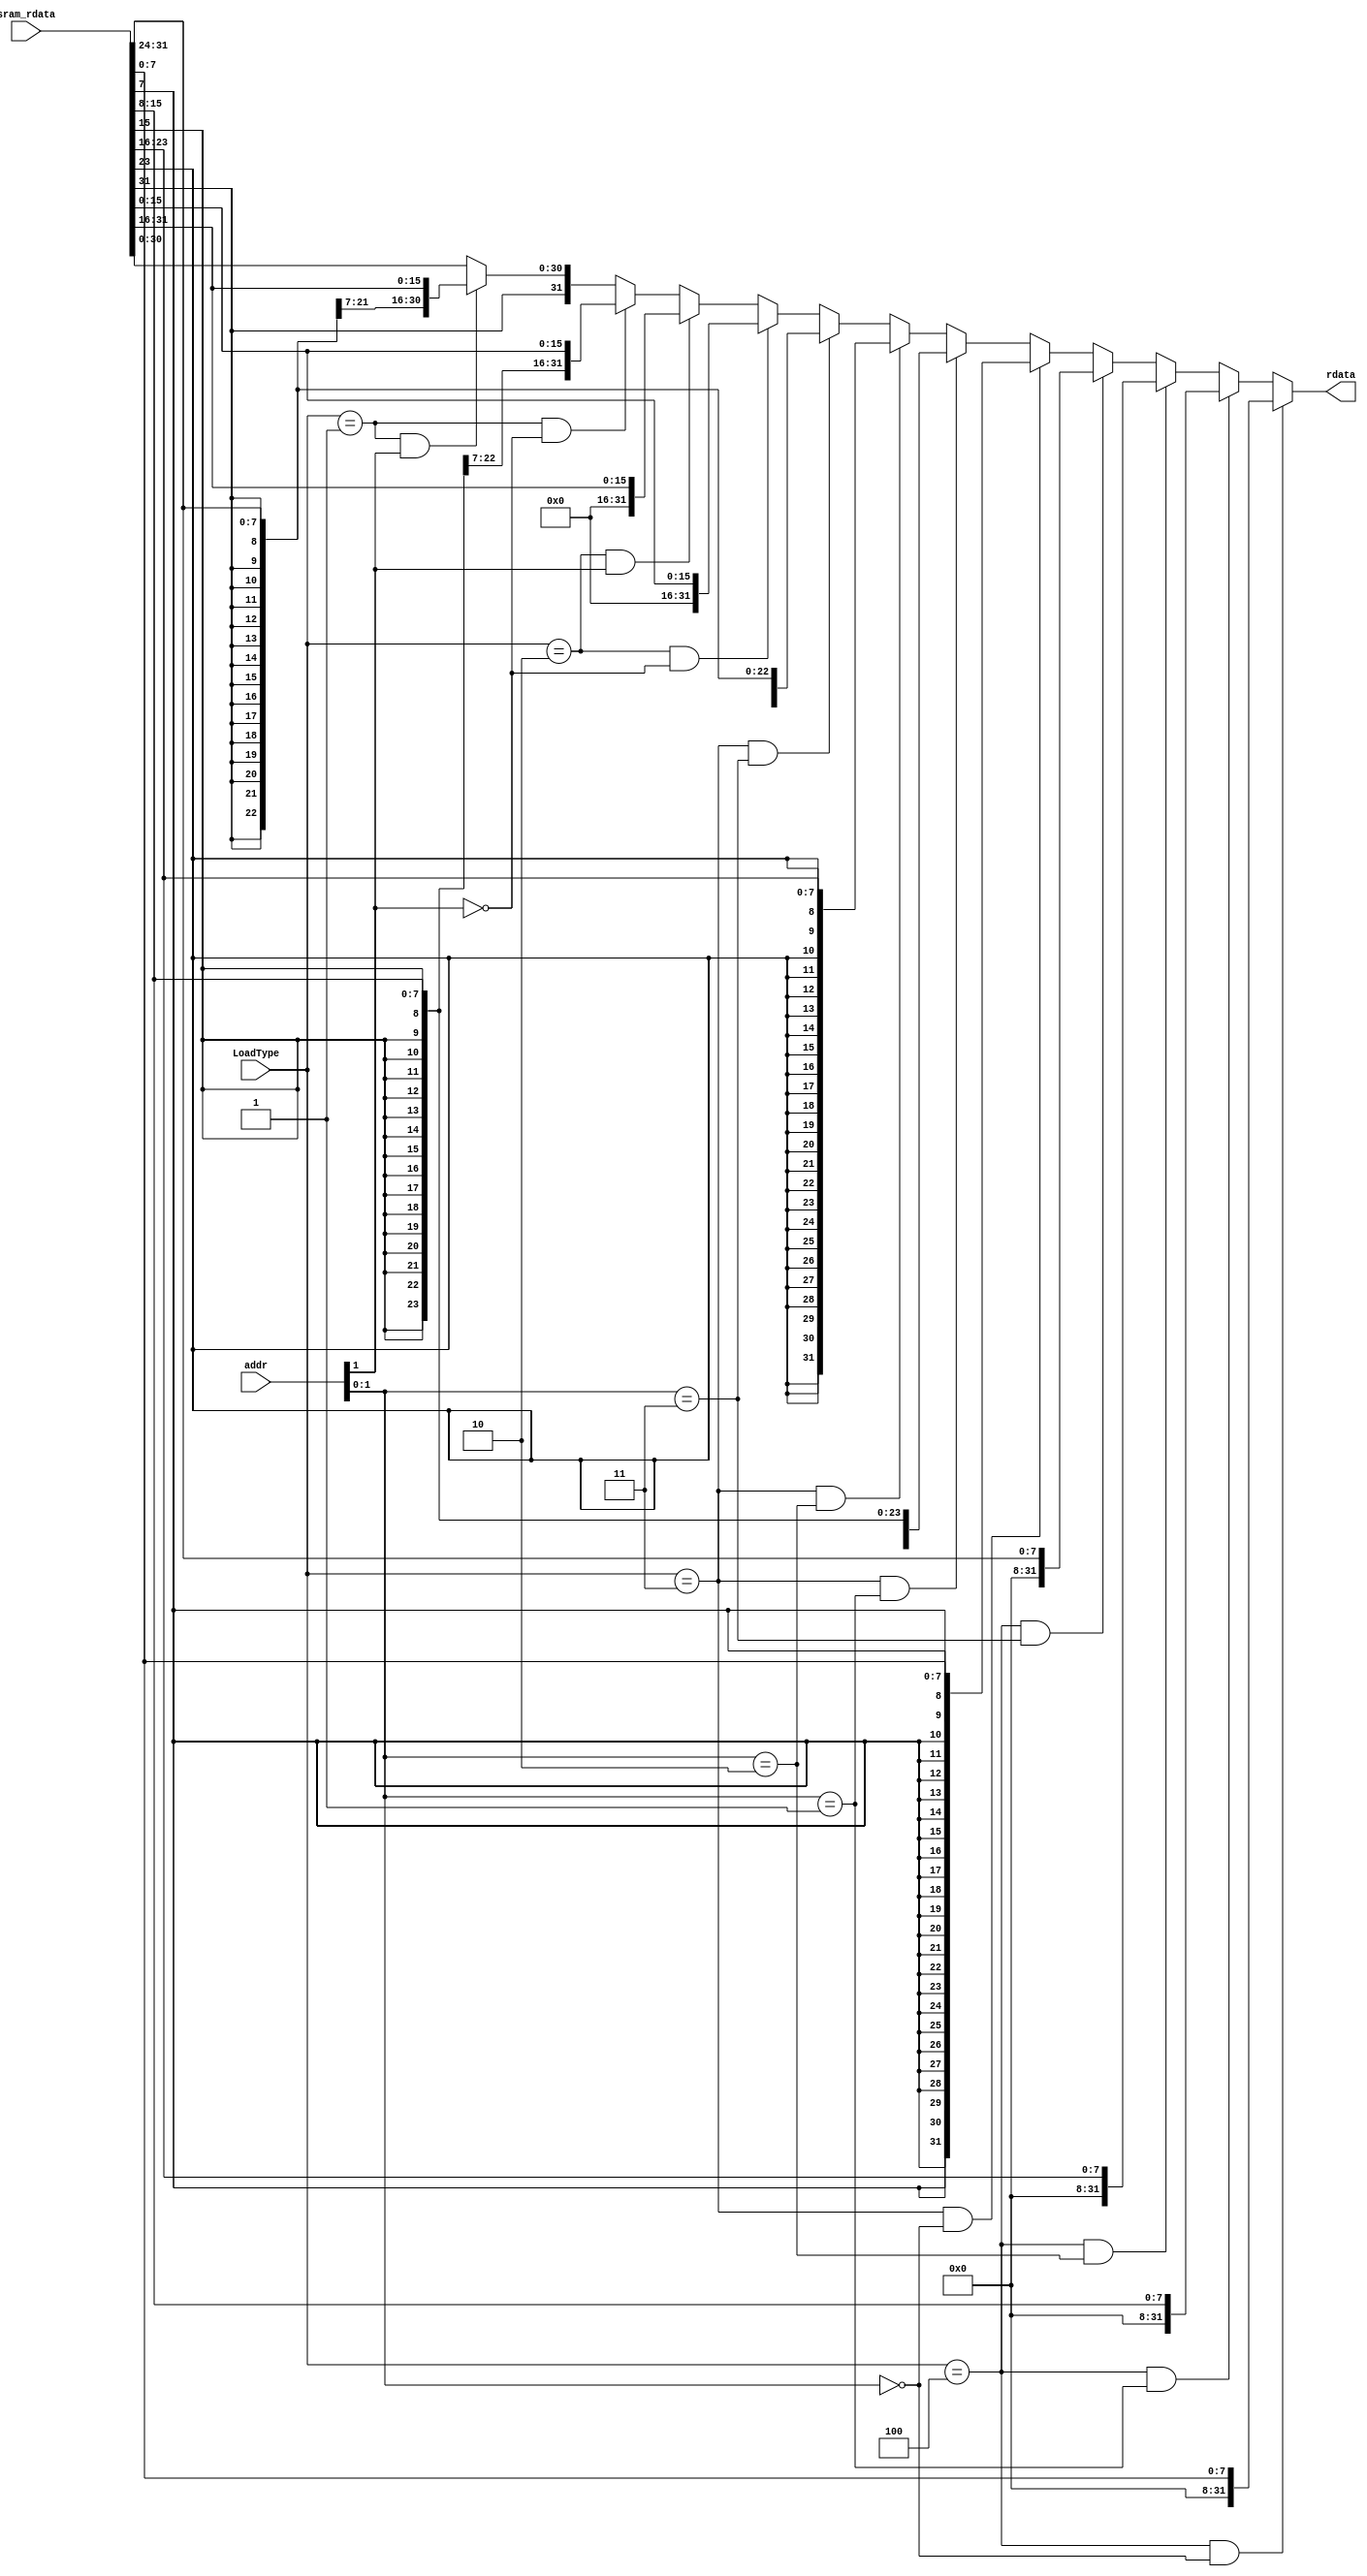
module load_unit(
	input [2:0] LoadType,
	input [31:0] sram_rdata,
    input [31:0] addr,
    output [31:0] rdata
    );
    assign rdata =  (LoadType == 4 & addr[1:0] == 2'b00) ? {{24'b0},sram_rdata[7:0]}:
                    (LoadType == 4 & addr[1:0] == 2'b01) ? {{24'b0},sram_rdata[15:8]}:
                    (LoadType == 4 & addr[1:0] == 2'b10) ? {{24'b0},sram_rdata[23:16]}:
                    (LoadType == 4 & addr[1:0] == 2'b11) ? {{24'b0},sram_rdata[31:24]}:
                    (LoadType == 3 & addr[1:0] == 2'b00) ? {{24{sram_rdata[7]}},sram_rdata[7:0]}:
                    (LoadType == 3 & addr[1:0] == 2'b01) ? {{24{sram_rdata[15]}},sram_rdata[15:8]}:
                    (LoadType == 3 & addr[1:0] == 2'b10) ? {{24{sram_rdata[23]}},sram_rdata[23:16]}:
                    (LoadType == 3 & addr[1:0] == 2'b11) ? {{24{sram_rdata[31]}},sram_rdata[31:24]}:
                    (LoadType == 2 & addr[1] == 1'b0) ? {{16'b0},sram_rdata[15:0]}:
                    (LoadType == 2 & addr[1] == 1'b1) ? {{16'b0},sram_rdata[31:16]}:
                    (LoadType == 1 & addr[1] == 1'b0) ? {{16{sram_rdata[15]}},sram_rdata[15:0]}:
                    (LoadType == 1 & addr[1] == 1'b1) ? {{16{sram_rdata[31]}},sram_rdata[31:16]}:
                    sram_rdata;
endmodule